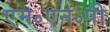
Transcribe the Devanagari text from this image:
एम॰एन॰पी